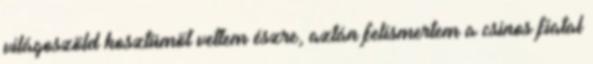
világoszöld kosztümöt vettem észre, aztán felismertem a csinos fiatal